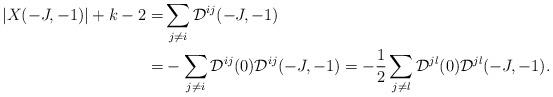
LaTeX: \begin{align*}|X(-J,-1)| + k - 2 =& \sum_{j \neq i} \mathcal{D}^{ij}(-J,-1) \\=& - \sum_{j \neq i} \mathcal{D}^{ij}(0) \mathcal{D}^{ij}(-J,-1) = -\frac 12 \sum_{j \neq l} \mathcal{D}^{jl}(0) \mathcal{D}^{jl}(-J,-1).\end{align*}